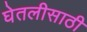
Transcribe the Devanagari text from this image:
घेतलीसाठी